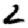
Digit: 2